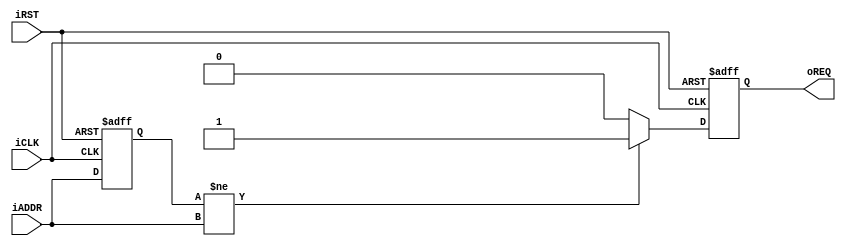
module VGA_DATA_REQ(	oREQ,
						iADDR,
						iCLK,
						iRST	);
input	[9:0]	iADDR;
input			iCLK;
input			iRST;
output			oREQ;
reg		[9:0]	Pre_ADDR;
reg				REQ;

assign	oREQ	=	REQ;

always@(posedge iCLK or negedge iRST)
begin
	if(!iRST)
	begin
		Pre_ADDR	<=	0;
		REQ		<=	0;
	end
	else
	begin
		Pre_ADDR	<=	iADDR;
		if(Pre_ADDR!=iADDR)
		REQ	<=	1;
		else
		REQ	<=	0;
	end
end

endmodule